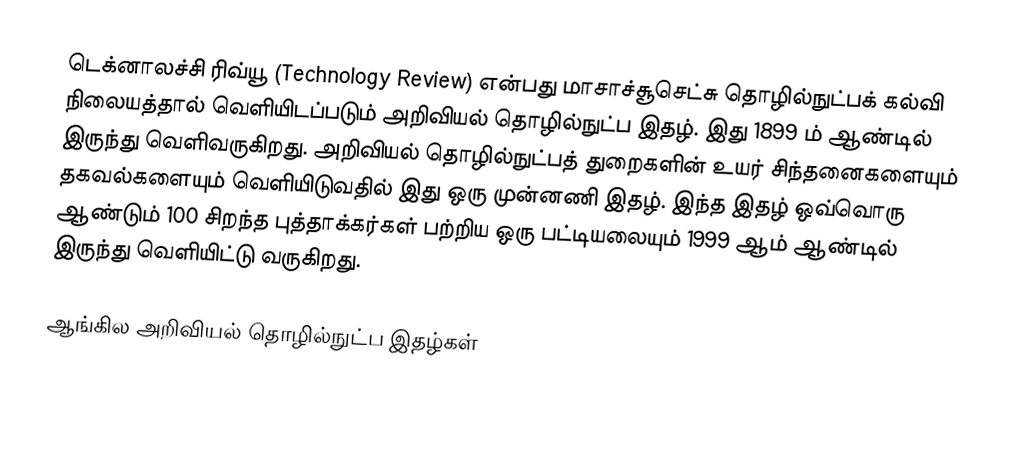
டெக்னாலச்சி ரிவ்யூ (Technology Review) என்பது மாசாச்சூசெட்சு தொழில்நுட்பக் கல்வி நிலையத்தால் வெளியிடப்படும் அறிவியல் தொழில்நுட்ப இதழ்.  இது 1899 ம் ஆண்டில் இருந்து வெளிவருகிறது.  அறிவியல் தொழில்நுட்பத் துறைகளின் உயர் சிந்தனைகளையும் தகவல்களையும் வெளியிடுவதில் இது ஒரு முன்னணி இதழ்.  இந்த இதழ் ஒவ்வொரு ஆண்டும் 100 சிறந்த புத்தாக்கர்கள் பற்றிய ஒரு பட்டியலையும் 1999 ஆம் ஆண்டில் இருந்து வெளியிட்டு வருகிறது.

ஆங்கில அறிவியல் தொழில்நுட்ப இதழ்கள்